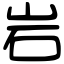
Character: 岩